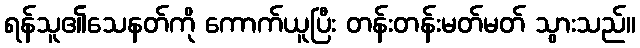
ရန်သူ၏သေနတ်ကို ကောက်ယူပြီး တန်းတန်းမတ်မတ် သွားသည်။